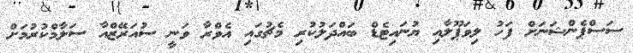
ސަސްޕެންޝަނަށް ފަހު ލިވަޕޫލާއި ޔުނައިޓެޑް ބައްދަލުކުރި މެޗުގައި އެވްރާ ވަނީ ސުއަރޭޒްއާ ސަލާމްކުރުމަށް